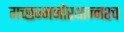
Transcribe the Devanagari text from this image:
गच्छन्मनोरथान्नश्च